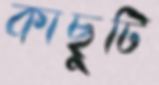
কাছুটি